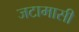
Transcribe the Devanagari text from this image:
जटामासी